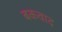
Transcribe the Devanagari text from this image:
बकवाद